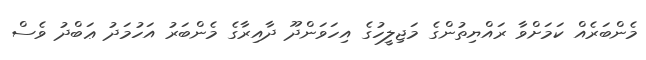
މެންބަރެއް ކަމަށްވާ ރައްޔިތުންގެ މަޖިލީހުގެ އިހަވަންދޫ ދާއިރާގެ މެންބަރު އަހުމަދު ޢަބްދު ވެސް